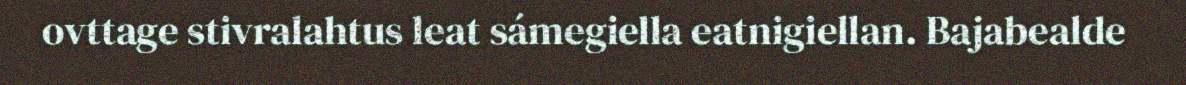
ovttage stivralahtus leat sámegiella eatnigiellan. Bajabealde